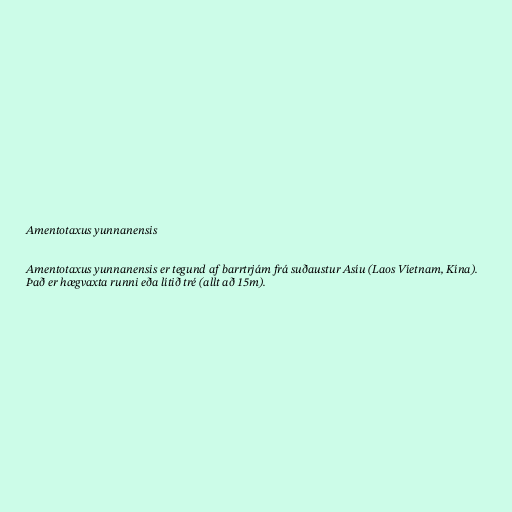
Amentotaxus yunnanensis

Amentotaxus yunnanensis er tegund af barrtrjám frá suðaustur Asíu (Laos Víetnam, Kína).
Það er hægvaxta runni eða lítið tré (allt að 15m).